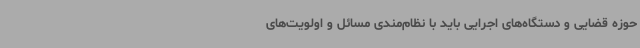
حوزه قضایی و دستگاه‌های اجرایی باید با نظام‌مندی مسائل و اولویت‌های